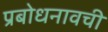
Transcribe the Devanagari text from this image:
प्रबोधनावची